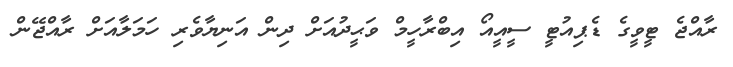
ރާއްޖެ ޓީވީގެ ޑެޕިއުޓީ ސީއީއޯ އިބްރާހީމް ވަޙީދުއަށް ދިން އަނިޔާވެރި ހަމަލާއަށް ރާއްޖޭން